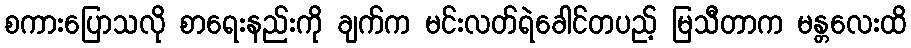
စကားပြောသလို စာရေးနည်းကို ချက်က မင်းလတ်ရဲခေါင်တပည့် မြသီတာက မန္တလေးထိ